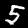
Label: 5